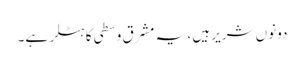
دونوں شریر ہیں ، یہ مشرق وسطی کا ہٹلر ہے۔